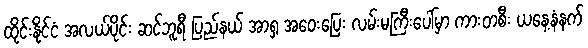
ထိုင်းနိုင်ငံ အလယ်ပိုင်း ဆင်ဘူရီ ပြည်နယ် အာရှ အဝေးပြေး လမ်းမကြီးပေါ်မှာ ကားတစီး ယနေ့နံနက်